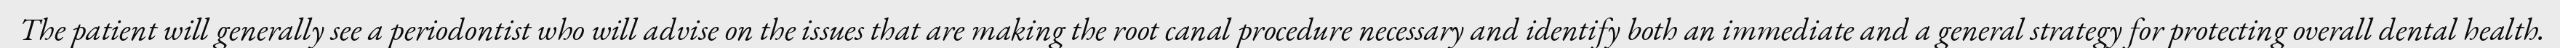
The patient will generally see a periodontist who will advise on the issues that are making the root canal procedure necessary and identify both an immediate and a general strategy for protecting overall dental health.